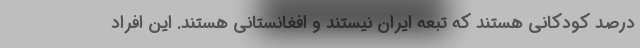
درصد کودکانی هستند که تبعه ایران نیستند و افغانستانی هستند. این افراد